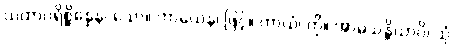
ယထာပရိစ္ဆိန္နေန၊ သော။ ကာယေန၊ ဖြင့်။ ကာယံ၊ ကို။ အာမသန္တိယာပိ၊ သုံ